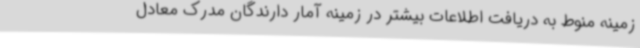
زمینه منوط به دریافت اطلاعات بیشتر در زمینه آمار دارندگان مدرک معادل